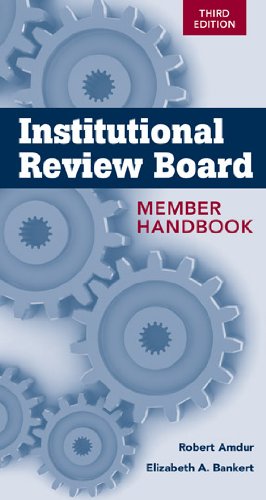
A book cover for Institutional Review Board Member Handbook; Robert J. Amdur; Medical Books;